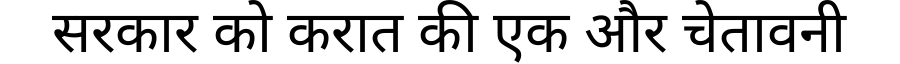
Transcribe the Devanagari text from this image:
सरकार को करात की एक और चेतावनी